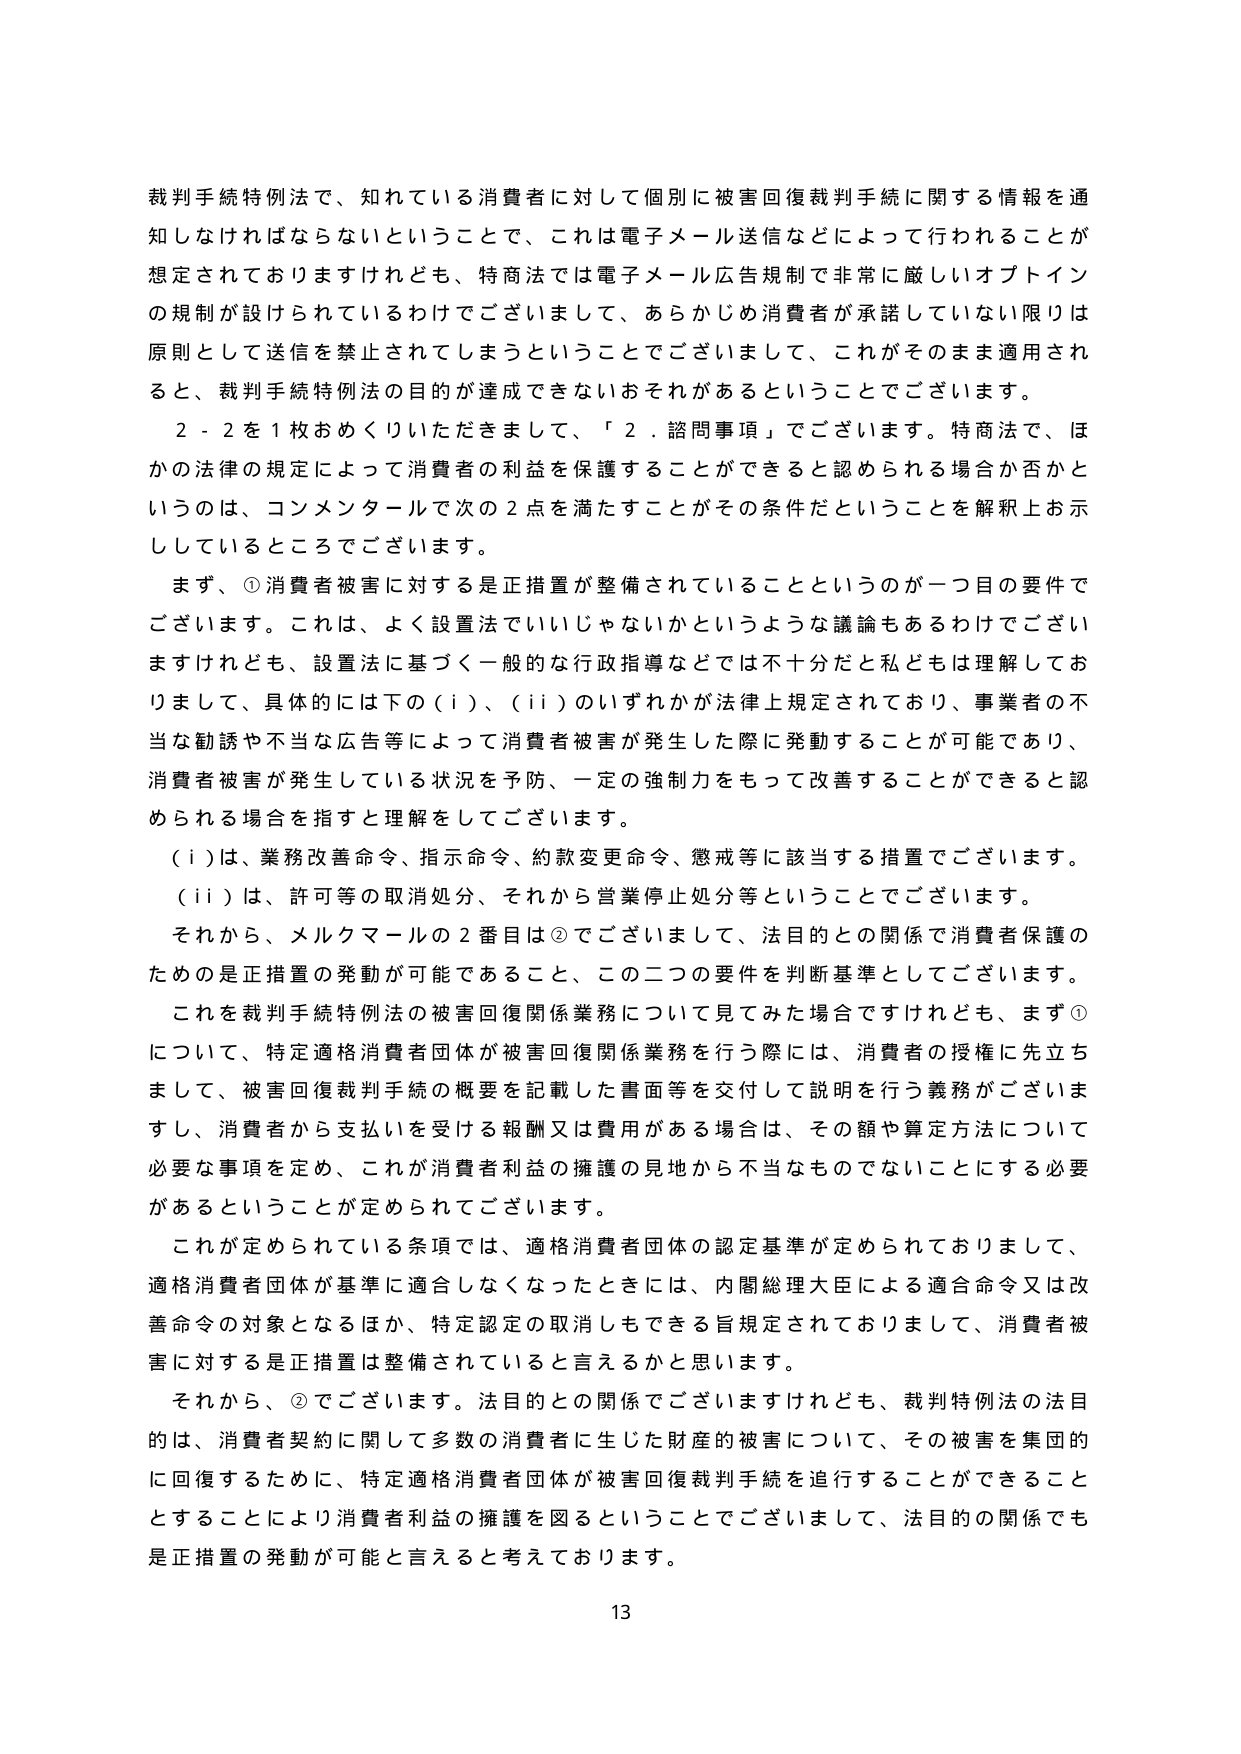
裁判手続特例法で、知れている消費者に対して個別に被害回復裁判手続に関する情報を通知しなければならないということで、これは電子メール送信などによって行われることが想定されておりますけれども、特商法では電子メール広告規制で非常に厳しいオプトインの規制が設けられているわけでございまして、あらかじめ消費者が承諾していない限りは原則として送信を禁止されてしまうということでございまして、これがそのまま適用されると、裁判手続特例法の目的が達成できないおそれがあるということでございます。

２－２を１枚おめくりいただきますと、「２．諮問事項」でございます。特商法で、ほかの法律の規定によって消費者の利益を保護することができると言められる場合か否かというのは、コンメンタールで次の２点を満たすことがその条件だということを解釈上示しているところでございます。

まず、①消費者被害に対する是正措置が整備されていることというのが一つ目の要件でございます。これは、よく設置法でいいじゃないかというような議論もあるわけでございますけれども、設置法に基づく一般的な行政指導などでは不十分だと私どもは理解しておりまして、具体的には下の（ｉ）、（ｉｉ）のいずれかが法律上規定されており、事業者の不当な勧誘や不当な広告等によって消費者被害が発生した際に発動することが可能であり、消費者被害が発生している状況を予防、一定の強制力をもって改善することができると言められる場合を指すと理解をしてございます。

（ｉ）は、業務改善命令、指示命令、約款変更命令、懲戒等に該当する措置でございます。

（ｉｉ）は、許可等の取消処分、それから営業停止処分等ということでございます。

それから、メルクマールの２番目は②でございまして、法目的との関係で消費者保護のための是正措置の発動が可能であること、この二つの要件を判断基準としてございます。

これを裁判手続特例法の被害回復関係業務について見てみた場合ですけれども、まず①について、特定適格消費者団体が被害回復関係業務を行う際には、消費者の授権に先立ちまして、被害回復裁判手続の概要を記載した書面等を交付して説明を行う義務がございますし、消費者から支払いを受ける報酬又は費用がある場合は、その額や算定方法について必要な事項を定め、これが消費者利益の擁護の見地から不当なものでないことにする必要があるということが定められてございます。

これが定められている条項では、適格消費者団体の認定基準が定められておりまして、適格消費者団体が基準に適合しなくなったときには、内閣総理大臣による適合命令又は改善命令の対象となるほか、特定認定の取消しもできる旨規定されておりまして、消費者被害に対する是正措置は整備されていると言えるかと思います。

それから、②でございます。法目的との関係でございますけれども、裁判特例法の法目的は、消費者契約に関して多数の消費者に生じた財産的被害について、その被害を集団的に回復するために、特定適格消費者団体が被害回復裁判手続を追行することができることとすることにより消費者利益の擁護を図るということでございまして、法目的の関係でも是正措置の発動が可能と言えると考えております。

13